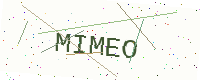
Text: MIMEO